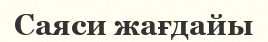
Саяси жағдайы